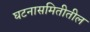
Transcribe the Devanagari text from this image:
घटनासमितीतील